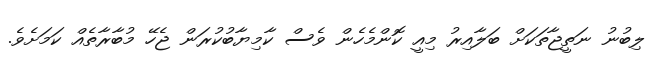
ލިބުނު ނަތީޖާތަކަށް ބަލާއިރު މިއީ ކޮންމެހެން ވެސް ކާމިޔާބުކުރަން ޖެހޭ މުބާރާތެއް ކަމަށެވެ.